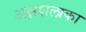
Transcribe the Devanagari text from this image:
अक्षशलाका